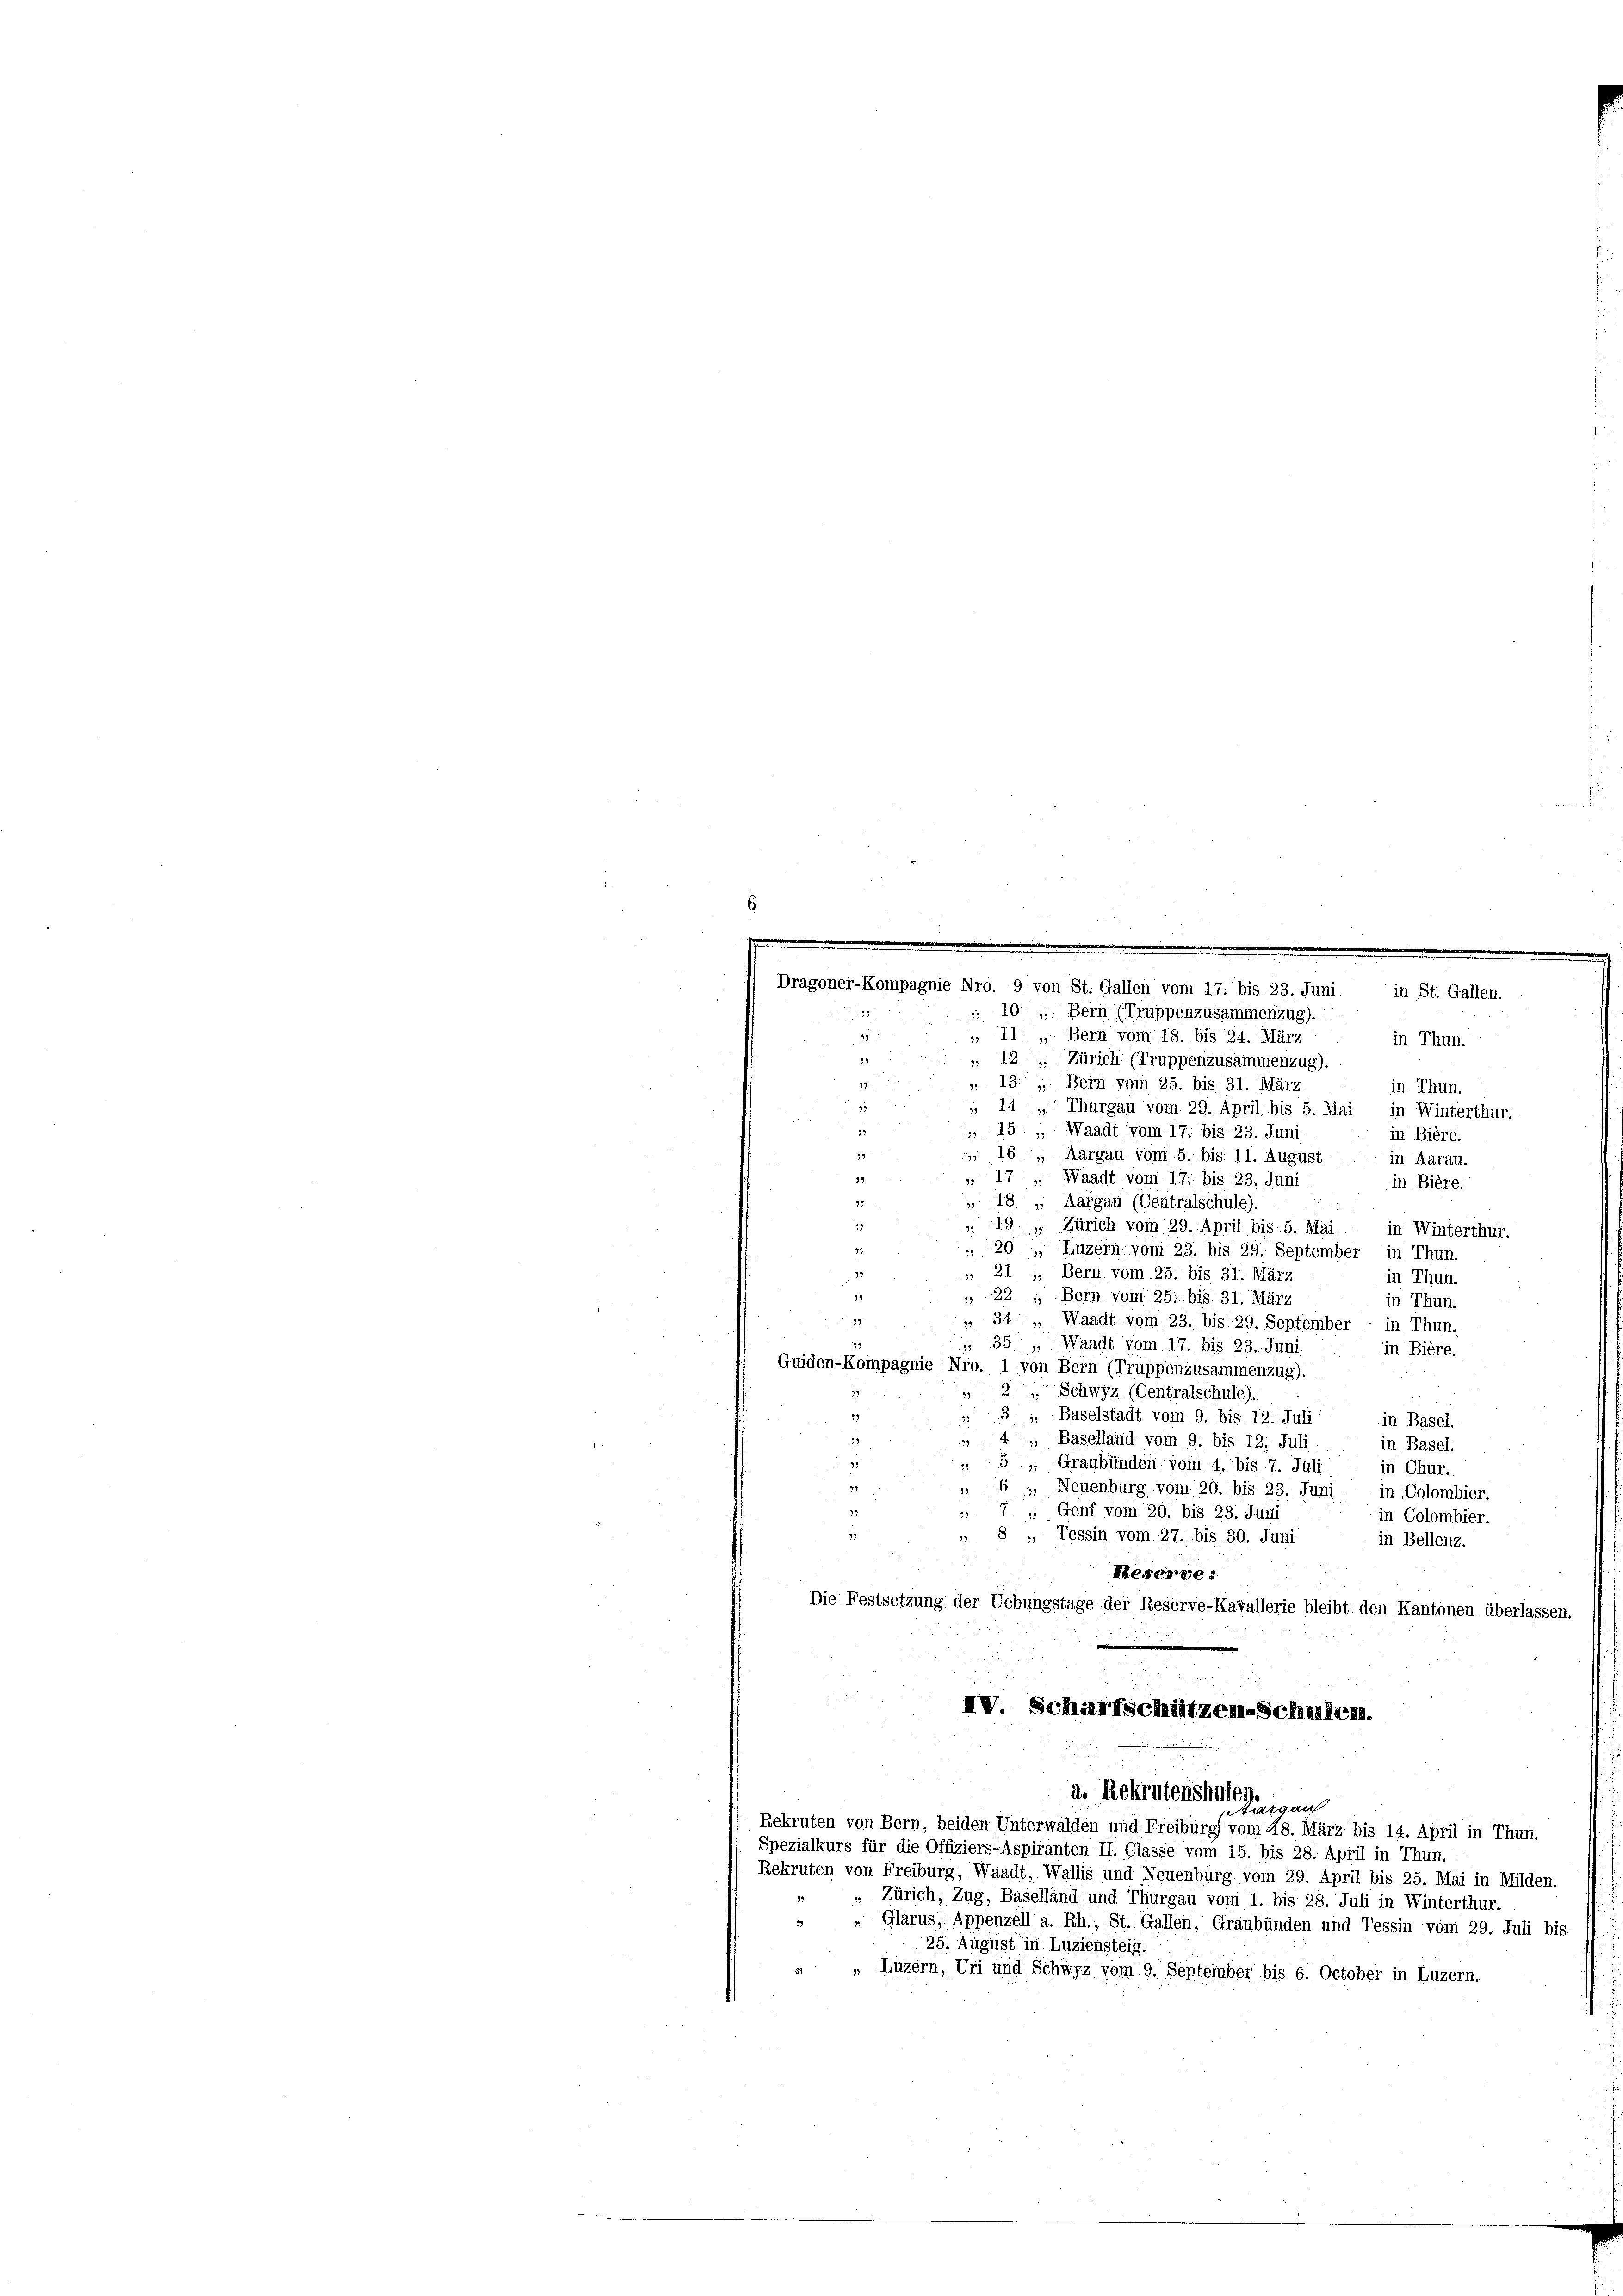
Dragoner-Kompagnie Nro. 9 von St. Gallen vom 17. bis 23. Juni
 10, Bern (Truppenzusammenzug).
 11 „ Bern vom 18. bis 24. März
in Thun.
33
 121, Zürich (Truppenzusammenzug).
9
 13. „ Bern vom 25. bis 31. März
in Thun.
13
 14 " Thurgau vom 29. April bis 5. Mai, in Winterthur.
99
 15 " Waadt vom 17. bis 23. Juni
in Bière.
19
 16. Aargau vom 5. bis 11. August
in Aarau.
32
 17 " Waadt vom 17. bis 23. Juni
in Biere.
 18, Aargau (Centralschule).
79
12
" 19, Zürich vom 29. April bis 5. Mai in Winterthur.
2
20, Luzern vom 23. bis 29. September in Thun.
21 , Bern vom 25. bis 31. März
23
in Thun.
19
 22 ; Bern vom 25. bis 31. März
in Thun.
99.
 34 " Waadt vom 23. bis 29. September - in Thun.
35 " Waadt vom 17. bis 23. Juni
in Biere.
Guiden-Kompagnie Nro. 1 von Bern (Truppenzusammenzug).
2 " Schwyz (Centralschule).
39.
 3 : Baselstadt vom 9. bis 12. Juli
in Basel.
14, Baselland vom 9. bis 12. Juli
in Basel.
5 " Graubünden vom 4. bis 7. Juli in Chur.
33
 6 u. Neuenburg, vom 20. bis 23. Juni in Colombier.
7 " Genf vom 20. bis 23. Juni
in Colombier.
77
 8 „ Tessin vom 27. bis 30. Juni
in Bellenz.
.
Reserve:
Die Festsetzung der Uebungstage der Reserve-Kavallerie bleibt den Kantonen überlassen.
IV. Scharfschützen-Schulen.
n
a. Rekrutenshulen.
tatgau
Rekruten von Bern, beiden Unterwalden und Freiburg vom 48. März bis 14. April in Thun.
Spezialkurs für die Offiziers-Aspiranten II. Classe vom 15. bis 28. April in Thun.
Rekruten von Freiburg, Waadt, Wallis und Neuenburg vom 29. April bis 25. Mai in Milden.
Zürich, Zug, Baselland und Thurgau vom 1. bis 28. Juli in Winterthur.
Glarus, Appenzell a. Rh., St. Gallen, Graubünden und Tessin vom 29. Juli bis
25. August in Luziensteig.
Luzern, Uri und Schwyz vom 9. September bis 6. October in Luzern.

in St. Gallen.